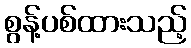
စွန့်ပစ်ထားသည့်